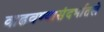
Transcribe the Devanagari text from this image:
वाढवण्यासंदर्भातले